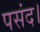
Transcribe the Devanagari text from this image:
पसंद।